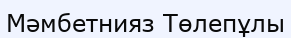
Мәмбетнияз Төлепұлы